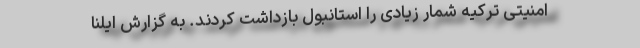
امنیتی ترکیه شمار زیادی را استانبول بازداشت کردند. به گزارش ایلنا